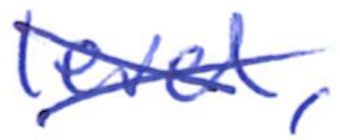
Text: level,
Cross-out: cross
Writing tool: ballpoint